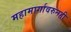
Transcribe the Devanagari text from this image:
महामार्गावरुनही